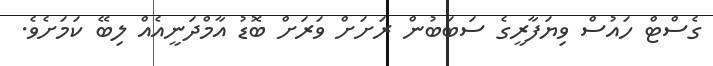
ގެސްޓް ހައުސް ވިޔަފާރީގެ ސަބަބުން ރަށަށް ވަރަށް ބޮޑު އާމްދަނީއެއް ލިބޭ ކަމަށެވެ.